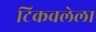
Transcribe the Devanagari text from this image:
टिकवलेला